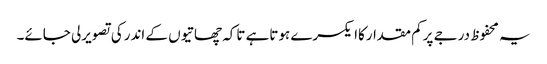
یہ محفوظ درجے پرکم مقدارکاایکسرے ہوتاہے تاکہ چھاتیوں کے اندرکی تصویرلی جائے۔